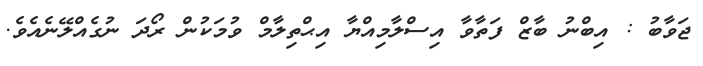
ޖަވާބު : އިބްނު ބާޒް ފަތާވާ އިސްލާމިއްޔާ އިޙްތިލާމް ވުމަކުން ރޯދަ ނުގެއްލޭނެއެވެ.